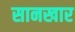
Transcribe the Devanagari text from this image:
सानखार